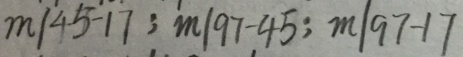
m 1 4 5 - 1 7 ; m 1 9 7 - 4 5 ; m 1 9 7 - 1 7